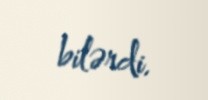
bilərdi.